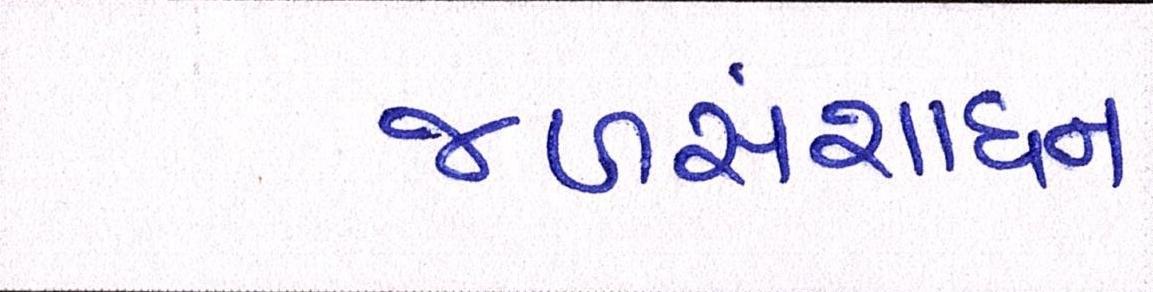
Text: જળસંશાધન